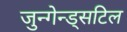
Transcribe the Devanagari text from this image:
जुन्गेन्ड्सटिल